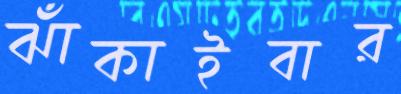
ঝাঁকাইবার